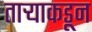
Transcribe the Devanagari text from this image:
ताऱ्याकडून